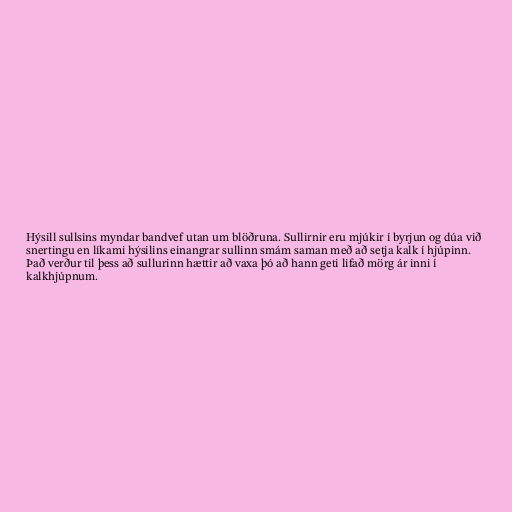
Hýsill sullsins myndar bandvef utan um blöðruna. Sullirnir eru mjúkir í byrjun og dúa við
snertingu en líkami hýsilins einangrar sullinn smám saman með að setja kalk í hjúpinn.
Það verður til þess að sullurinn hættir að vaxa þó að hann geti lifað mörg ár inni í
kalkhjúpnum.